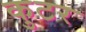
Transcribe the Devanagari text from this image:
कुटर